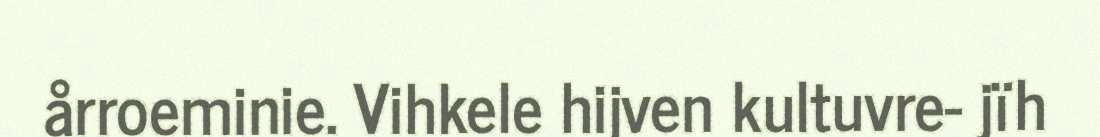
årroeminie. Vihkele hijven kultuvre- jïh